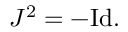
J ^ { 2 } = - { \mathrm { I d } } .